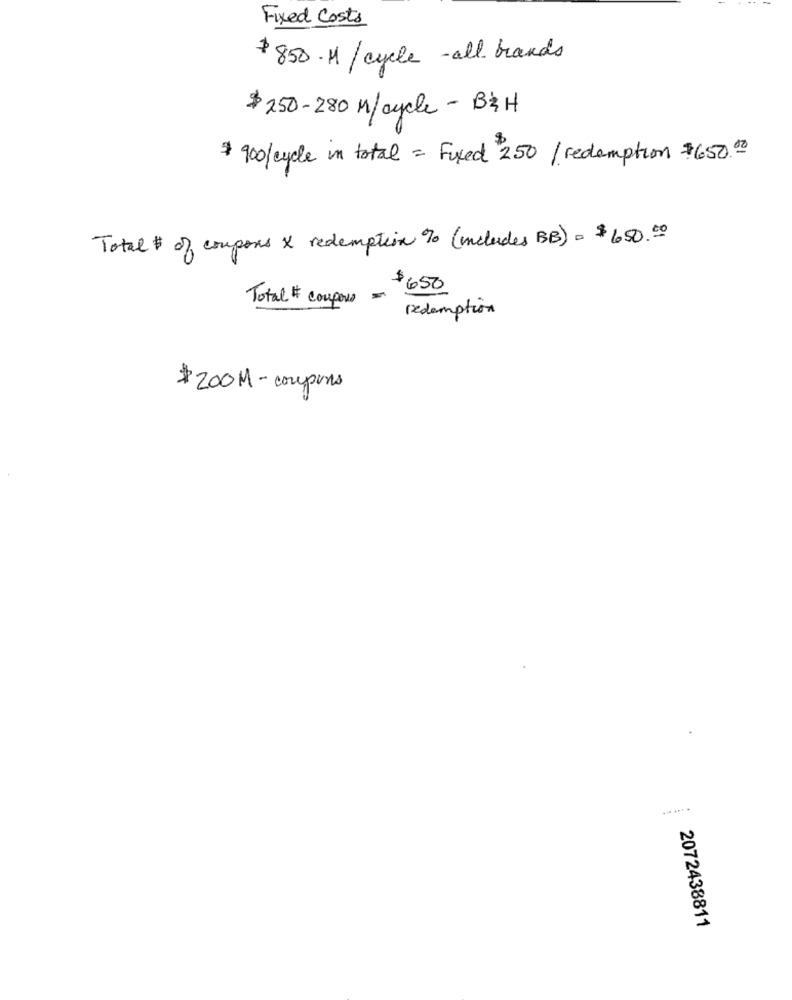
Fixed Costs
$850. M / cycle - all brands
$ 250- 280 M/cycle - B&H
$ 900/cycle in total = Fixed 250/redemption $650.00
Total # of coupons x redemption % (includes BB) = $650.00
$650
Total # coupons -
redemption
# 200 M- coupons
2072438811